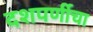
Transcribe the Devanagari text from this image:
दशपर्णीचा